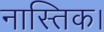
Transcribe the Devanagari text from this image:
नास्तिक।